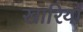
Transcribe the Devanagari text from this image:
खारियाँ